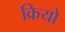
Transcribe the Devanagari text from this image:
क्रियो